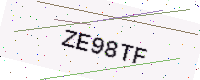
Text: ZE98TF